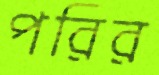
পরির